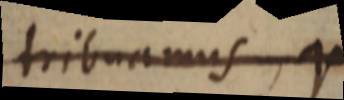
tribuamus, q